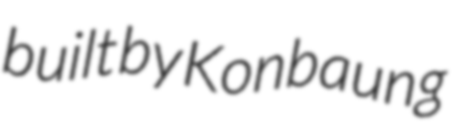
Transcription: built by Konbaung